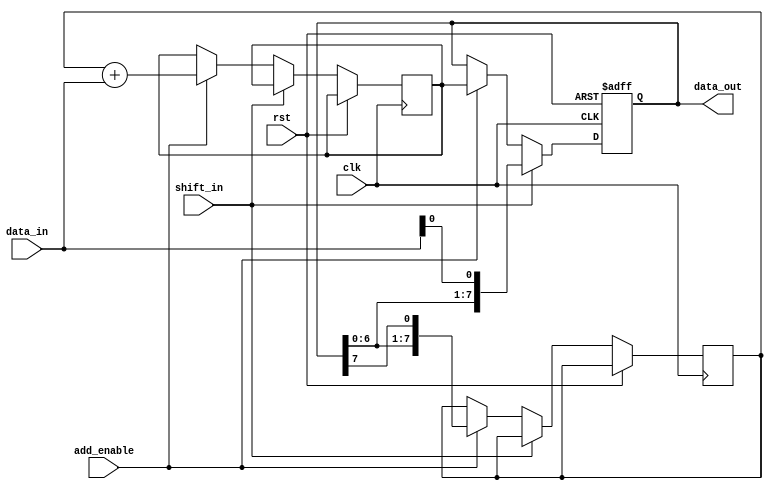
module shift_add_reg(input clk, input rst, input shift_in, input add_enable, input [7:0] data_in, output [7:0] data_out);

reg [7:0] shift_reg;
reg [7:0] shifted_data;
wire [7:0] added_data;

always @(posedge clk or posedge rst) begin
    if (rst) begin
        shift_reg <= 8'b0;
    end else begin
        if (shift_in) begin
            shift_reg <= {shift_reg[6:0], data_in[0]};
        end else if (add_enable) begin
            shifted_data <= {shift_reg[6:0], shift_reg[7]};
            added_data <= shifted_data + data_in;
            shift_reg <= added_data;
        end
    end
end

assign data_out = shift_reg;

endmodule